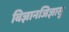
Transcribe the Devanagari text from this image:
विज्ञानजिज्ञासु